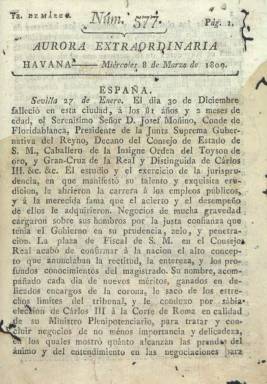
Título: Aurora extraordinaria
Colección: Periódicos anteriores a 1850
Ámbito geográfico: Cuba
Lugar de publicación: Havana
Fechas: 08/03/1809-08/03/1809

Es uno de los números extraordinarios que con este título publicó el semanario cubano La Aurora (1800-1810), el primero que había comenzado a competir con el oficioso Papel periódico de La Habana (1790-1805), cofundada por el impresor y librero y antiguo sargento Pedro Nolasco Palmer y el astrónomo -colaborador de Humboldt- de origen gallego Antonio Robredo (-1830), como su editor, director y principal redactor. Robredo había sido también cofundador de la primera biblioteca pública cubana, instalada en el seno de la Real Sociedad Patriótica, la entidad editora del Papel periódico…, en el que Robredo había sido asimismo uno de sus principales redactores.

Con la aparición de La Aurora, el tres de septiembre de 1810, también comenzarán a salir otros nuevos periódicos cubanos, que en la primera década del siglo XIX alcanzarán la decena de títulos, entre ellos el asimismo semanario Regañón de la Havana (1800-1802), dirigido por el escritor Buenaventura Pascual Ferrer, que polemizará por su parte con el periódico de Robredo, o La Lonja mercantil (1800), entre otros.

El subtítulo de La Aurora era “correo político-económico de La Havana”, denotando su principal carácter político y económico, por lo que del mismo dirá Bachiller y Morales (1859) que “tuvo poco de literatura y abundó en noticias y doctrinas políticas”. Tras la invasión napoleónica de España, fue utilizada para informar sobre proclamas, bandos o la suscripción de donativos para las fuerzas antifrancesas. Palmer la imprimía en pliego español y en 4º, aunque su formato sufrió cambios.

El número de Aurora extraordinaria (con la indicación: 1ª de marzo) de la colección de la Biblioteca Nacional de España (BNE) es el 577, correspondiente al miércoles, 8 de marzo de 1809. Sin pie de imprenta, consta de ocho de páginas, compuestas a una columna, en las que se da la noticia del fallecimiento del conde de Floridablanca -José Moñino (1728)- seguida de una semblanza biográfica de quien había sido presidente de la Junta Suprema Gubernativa del Reino hasta su fallecimiento el 30 de diciembre de 1808, texto reproducido del publicado por la sevillana Gazeta del Gobierno (1809) en su número del 27 de enero de 1809, lo que da idea de la rapidez con la que llegaban en aquella época a Cuba los periódicos españoles. A continuación reproduce asimismo la carta (traducida del francés) del mariscal imperial Moncey (1754-1842), con motivo de la segunda toma de la ciudad de Zaragoza por las tropas napoleónicas, y la respuesta a la misma del general en jefe del ejército español José de Palafox (1775-1847).